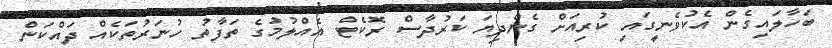
ބަހާލައިގެން އެކުވެނީގައި ކުރިއަށް ގެންދިޔަ ކަރުދާސް ރޮކެޓް އެއްލުމުގެ ތަފާތު ހުނަރުތަކެއް ދައްކަން